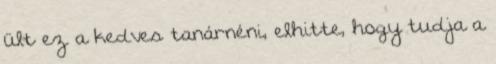
ült ez a kedves tanárnéni, elhitte, hogy tudja a